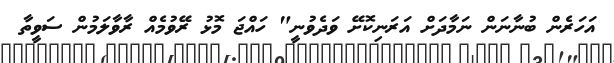
އަހަރެން ބުނާނަން ނަމާދަށް އަރަނިކޮށޭ ވަދެވުނީ" ހައްޖަ މޮޅު ރޭވުމެއް ރާވާލަމުން ސަވީތާ